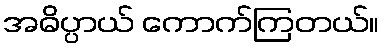
အဓိပ္ပာယ် ကောက်ကြတယ်။